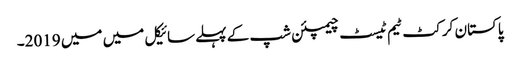
پاکستان کرکٹ ٹیم ٹیسٹ چیمپئن شپ کے پہلے سائیکل میں میں 2019۔